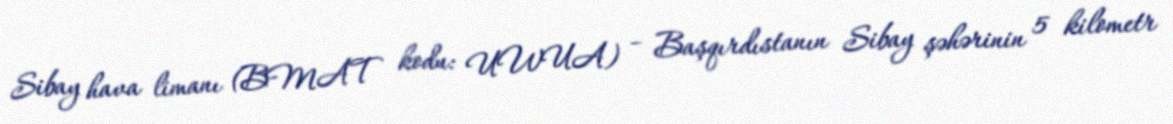
Sibay hava limanı (BMAT kodu: UWUA) – Başqırdıstanın Sibay şəhərinin 5 kilometr